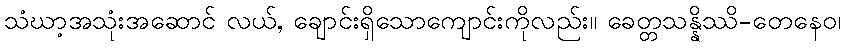
သံဃာ့အသုံးအဆောင် လယ်, ချောင်းရှိသောကျောင်းကိုလည်း။ ခေတ္တသန္နိဿိ-တေနေဝ၊